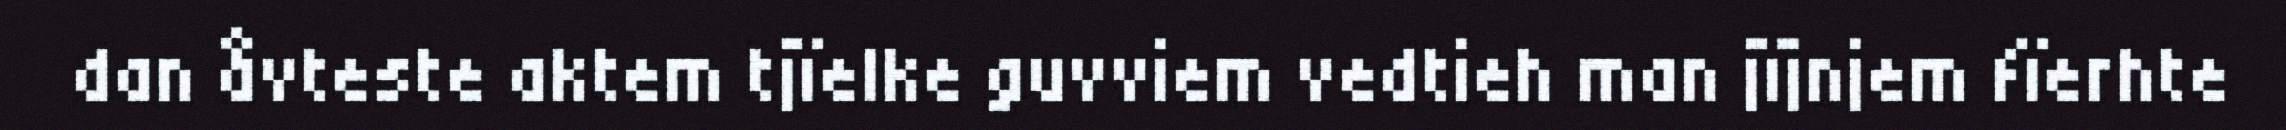
dan åvteste aktem tjïelke guvviem vedtieh man jïjnjem fïerhte